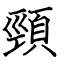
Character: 頸